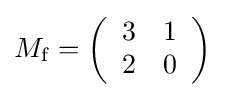
\textstyle M_{\mathrm {f} }=\left({\begin{array}{cc}3&1\\2&0\end{array}}\right)